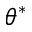
\theta ^ { * }